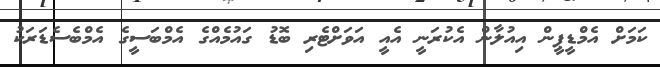
ކަމަށް އެމްޑީޕީން އިއުލާން އެކުރަނީ އެއީ އަވަށްޓެރި ބޮޑު ގައުމެއްގެ އެމްބަސީގެ އެމްބެސެޑަރަކު